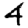
Digit: 4